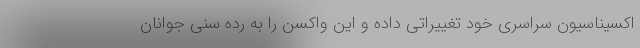
اکسیناسیون سراسری خود تغییراتی داده و این واکسن را به رده سنی جوانان